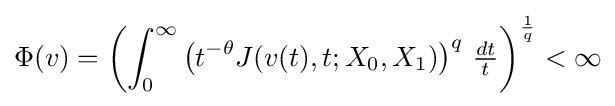
\Phi (v)=\left(\int _{0}^{\infty }\left(t^{-\theta }J(v(t),t;X_{0},X_{1})\right)^{q}\,{\tfrac {dt}{t}}\right)^{\frac {1}{q}}<\infty